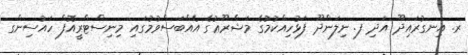
ރ. އިނގުރައިދޫ އަދި ފ. ނިލަންދޫ ފަޅުހިއްކުމުގެ މަޝްރޫޢުގެ އެއްބަސްވުމުގައި މިނިސްޓްރީއޮފް ހައުސިންގ